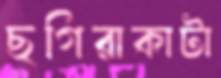
ছগিরাকাটা